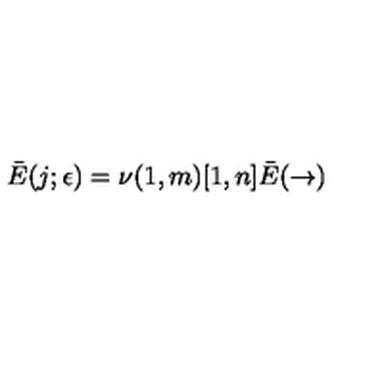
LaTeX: \bar { E } ( j ; \epsilon ) = \nu ( 1 , m ) [ 1 , n ] \bar { E } ( \rightarrow )